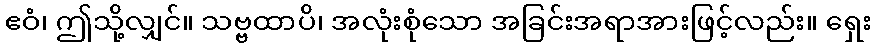
ဧဝံ၊ ဤသို့လျှင်။ သဗ္ဗထာပိ၊ အလုံးစုံသော အခြင်းအရာအားဖြင့်လည်း။ ရှေး